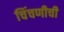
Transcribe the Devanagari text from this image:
चिंचणीची